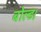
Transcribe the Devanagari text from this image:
बोल्ड।